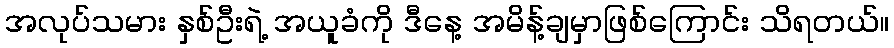
အလုပ်သမား နှစ်ဦးရဲ့ အယူခံကို ဒီနေ့ အမိန့်ချမှာဖြစ်ကြောင်း သိရတယ်။